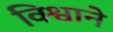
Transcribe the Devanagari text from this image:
विश्वाने